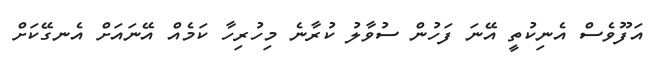
އަފޫވެސް އެނިކުތީ އޭނަ ފަހުން ސުވާލު ކުރާނެ މިހުރިހާ ކަމެއް އޭނައަށް އެނގޭކަށް